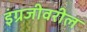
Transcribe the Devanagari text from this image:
इंग्रजीवरील